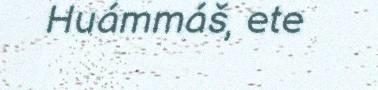
Huámmáš, ete